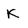
Character: K